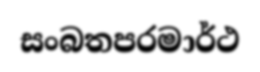
සංබතපරමාර්ථ